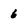
Character: 6